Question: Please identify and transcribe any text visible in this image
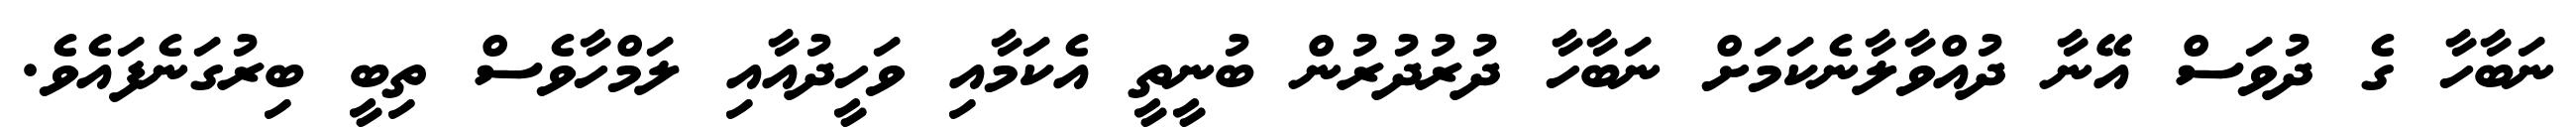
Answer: ނަބާހާ ގެ ދުވަސް އޭނާ ދުއްވާލާނެކަމަށް ނަބާހާ ދުރުދުރުން ބުނީތީ އެކަމާއި ވަހީދުއާއި ލަމްހާވެސް ތިބީ ބިރުގަނެފައެވެ.